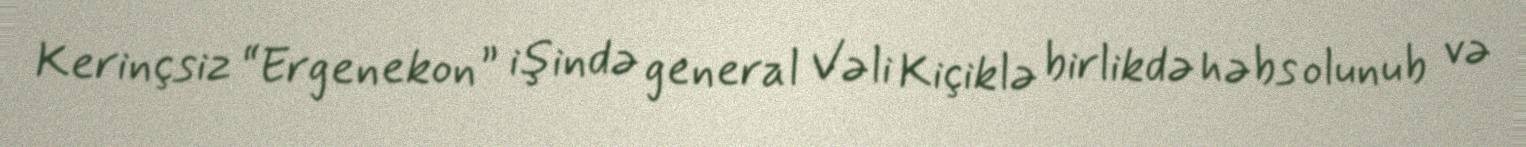
Kerinçsiz “Ergenekon” işində general Vəli Kiçiklə birlikdə həbs olunub və